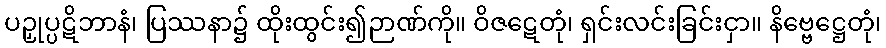
ပဉှုပ္ပဋိဘာနံ၊ ပြဿနာ၌ ထိုးထွင်း၍ဉာဏ်ကို။ ဝိဇဋေတုံ၊ ရှင်းလင်းခြင်းငှာ။ နိဗ္ဗေဋ္ဌေတုံ၊